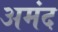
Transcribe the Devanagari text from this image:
अमंद